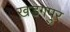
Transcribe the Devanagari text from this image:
ख़डगपुर